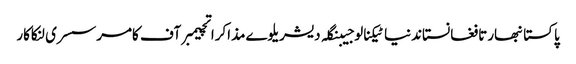
پاکستانبھارتافغانستاندنیاٹیکنالوجیبنگلہ دیشریلوےمذاکراتچیمبر آف کامرسسری لنکاکار